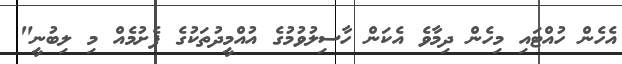
އެހެން ހުއްޓައި މިހެން ދިމާވެ އެކަން ހާސިލުވުމުގެ އުއްމީދުތަކުގެ ފެށުމެއް މި ލިބުނީ"